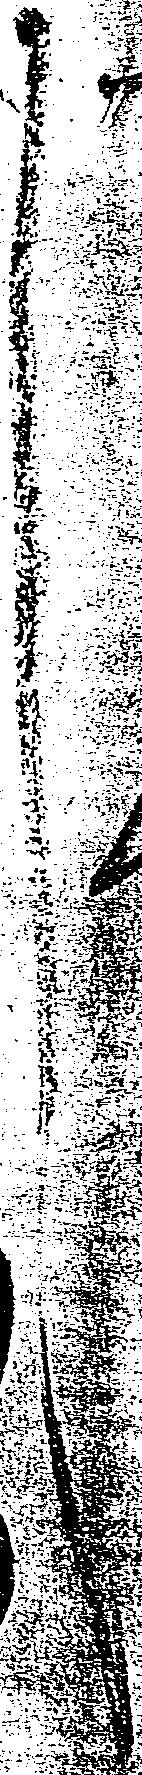
々